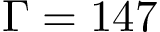
\Gamma = 1 4 7